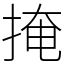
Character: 掩